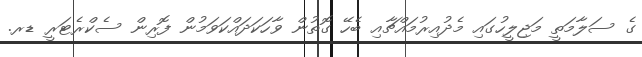
ގެ ސަލާމަތީ މަޖިލީހުގައި މެދުއިރުމައްޗާއި ބެހޭ ގޮތުން ވާހަކަދައްކަވަމުން ފޮރިން ސެކްރެޓަރީ ޑރ.